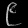
Digit: ၉